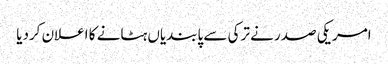
امریکی صدر نے ترکی سے پابندیاں ہٹانے کا اعلان کردیا